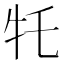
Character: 𪺩